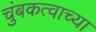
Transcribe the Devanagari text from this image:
चुंबकत्वाच्या